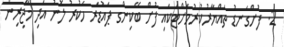
2. ފުށްގަނޑު ތައްޔާރުކުރުމަށްޓަކައި ފުށް ބޭކިންގ ޕައުޑަރ ހަކުރު ލޮނު އަދި މާޖިރިން